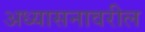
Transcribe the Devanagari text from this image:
अध्यासनावरील